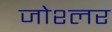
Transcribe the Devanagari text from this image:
जोश्लर